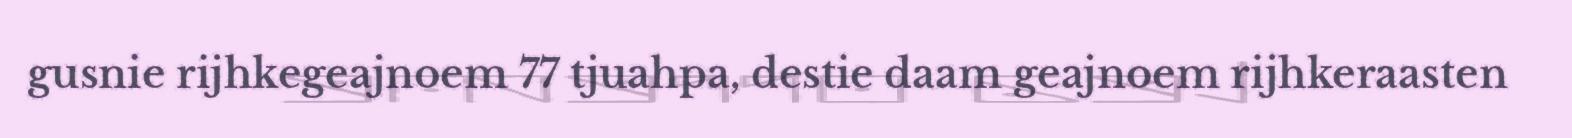
gusnie rijhkegeajnoem 77 tjuahpa, destie daam geajnoem rijhkeraasten